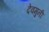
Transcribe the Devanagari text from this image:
देवमुनी